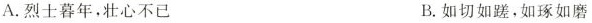
A.烈士暮年，壮心不已 B.如切如蹉，如琢如磨